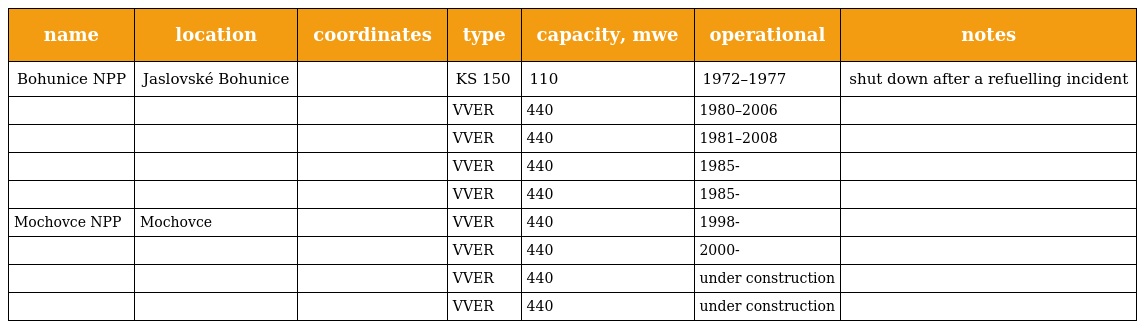
| name | location | coordinates | type | capacity, mwe | operational | notes |
 | --- | --- | --- | --- | --- | --- | --- |
 | Bohunice NPP | Jaslovské Bohunice |  | KS 150 | 110 | 1972–1977 | shut down after a refuelling incident |
 |  |  |  | VVER | 440 | 1980–2006 |  |
 |  |  |  | VVER | 440 | 1981–2008 |  |
 |  |  |  | VVER | 440 | 1985- |  |
 |  |  |  | VVER | 440 | 1985- |  |
 | Mochovce NPP | Mochovce |  | VVER | 440 | 1998- |  |
 |  |  |  | VVER | 440 | 2000- |  |
 |  |  |  | VVER | 440 | under construction |  |
 |  |  |  | VVER | 440 | under construction |  |